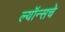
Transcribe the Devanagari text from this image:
ल्यॉन्सचे